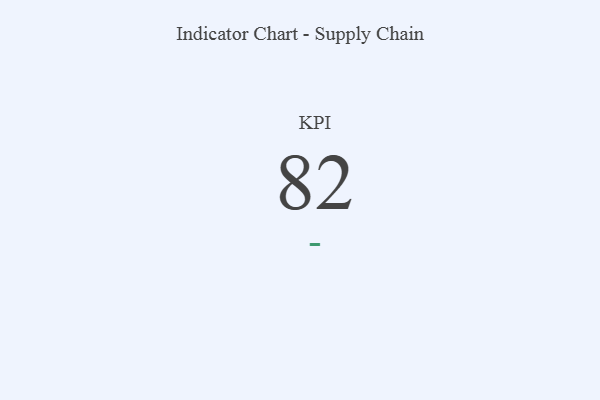
{"axis": {"x": "KPI", "y": "Value"}, "legend": [""], "data": [{"x": "KPI", "y": 82, "type": ""}]}